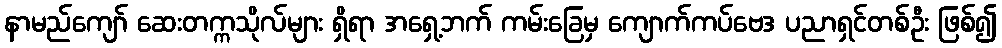
နာမည်ကျော် ဆေးတက္ကသိုလ်များ ရှိရာ အရှေ့ဘက် ကမ်းခြေမှ ကျောက်ကပ်ဗေဒ ပညာရှင်တစ်ဦး ဖြစ်၍